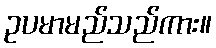
ဥပမာမည်သည်ကား။